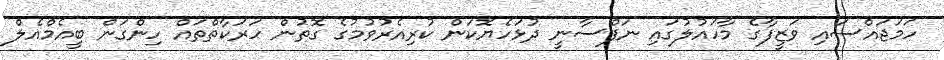
ހަމަޖައްސައި ވަޒީފާގެ މާހައުލުގައި ނަފްސާނީ ދުޅަހެޔޮކަން ކުރިއެރުވުމުގެ ގޮތުން ހަރަކާތްތައް ހިންގަން ބީއެމްއެލް